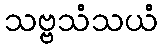
သဗ္ဗသံသယံ